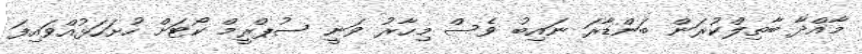
މާއްދާ ބާތިލްކުރަން ބަންޑާރަ ނައިބު ވެސް މިހާރު ވަނީ ސުޕްރީމް ކޯޓަށް ހުށަހަޅުއްވައިފަ